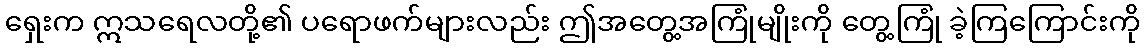
ရှေးက ဣသရေလတို့၏ ပရောဖက်များလည်း ဤအတွေ့အကြုံမျိုးကို တွေ့ကြုံ ခဲ့ကြကြောင်းကို